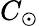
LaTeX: C_{\odot}